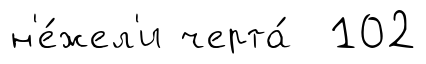
н'е́жел'и черта́ 102